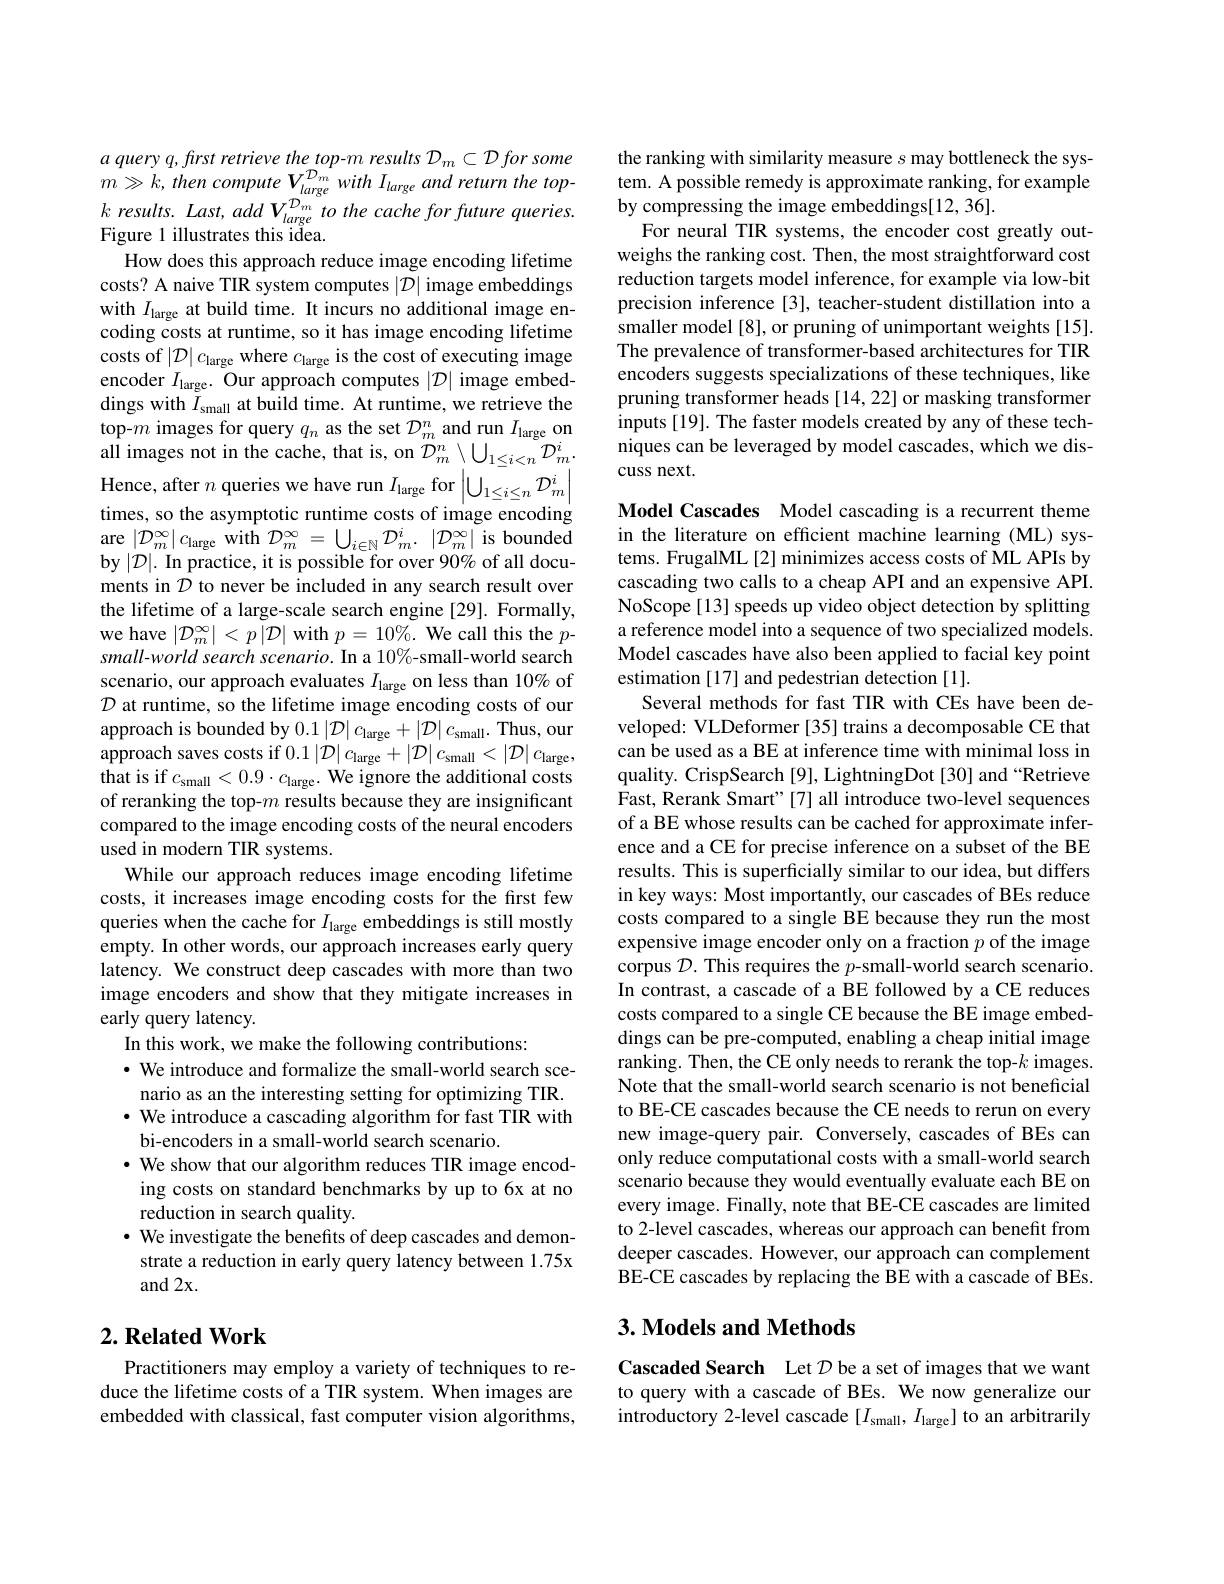
$k\textit{ results. Last, add V}_{large}^{D_{m}}$ to the cache for future queries.
Figure 1 illustrates this idea.
How does this approach reduce image encoding lifetime costs? A naive TIR system computes $|\mathcal{D}|$ image embeddings with $I_{\mathrm{large}}$ at build time. It incurs no additional image encoding costs at runtime, so it has image encoding lifetime costs of $\left|\mathcal{D}\right|c_{\mathrm{large~where~}c_{\mathrm{large~is~the~cost~of~executing~image}}}$ encoder $I_\mathrm{large}.$ Our approach computes $|\mathcal{D}|$ image embeddings with $I_\mathrm{small}$ at build time. At runtime, we retrieve the top-$m$ images for query $q_n$ as the set $D_m^n$ and run $I_\text{large}$ on ${\mathrm{all~images~not~in~the~cache,~that~is,~on~}}{\mathcal{D}}_{m}^{n}\setminus\bigcup_{1\leq i<n}^{m_{5}}{\mathcal{D}}_{m}^{i}.$ Hence, after $n$ queries we have run $I_\text{large}$ for $\left|\bigcup_1\leq i\leq n\mathcal{D}_m^i\right|$ times, so the asymptotic runtime costs of image encoding are $\left | \mathcal{D} _m^{\infty }\right | c_{\mathrm{large~with~}}\mathcal{D} _m^{\infty }= \bigcup _{i\in \mathbb{N} }\mathcal{D} _m^{i}.$ $\left | \mathcal{D} _m^{\infty }\right |$is bounded by $|\mathcal{D}|.$ In practice, it is possible for over 90% of all documents in $\mathcal{D}$ to never be included in any search result over the lifetime of a large-scale search engine [29]. Formally, we have $|\mathcal{D}_m^\infty|<p|\mathcal{D}|$ with $p=10\%.$ We call this the $p$- small-world search scenario. In a 10%-small-world search scenario, our approach evaluates $I_\mathrm{large}$ on less than 10% of $\mathcal{D}$ at runtime, so the lifetime image encoding costs of our approach is bounded by $0.1\left|\mathcal{D}\right|c_\mathrm{large}+\left|\mathcal{D}\right|c_\mathrm{small}.$ Thus, our $\begin{array}{c}{\text{approach saves costs if }0.1}\left|\mathcal{D}\right|c_{\mathrm{large}}+\left|\mathcal{D}\right|c_{\mathrm{small}}<\left|\mathcal{D}\right|c_{\mathrm{large}},\end{array}$ that is if $c_\mathrm{small}<0.9\cdot c_\mathrm{large}.$ We ignore the additional costs of reranking the top-$m$ results because they are insignificant compared to the image encoding costs of the neural encoders used in modern TIR systems.
While our approach reduces image encoding lifetime costs, it increases image encoding costs for the first few queries when the cache for $I_\mathrm{large}$ embeddings is still mostly empty. In other words, our approach increases early query latency. We construct deep cascades with more than two image encoders and show that they mitigate increases in early query latency.
In this work, we make the following contributions:
· We introduce and formalize the small-world search sce-
nario as an the interesting setting for optimizing TIR. $\cdot$ We introduce a cascading algorithm for fast TIR with bi-encoders in a small-world search scenario.
$\cdot$ We show that our algorithm reduces TIR image encoding costs on standard benchmarks by up to 6x at no reduction in search quality.
· We investigate the benefits of deep cascades and demonstrate a reduction in early query latency between 1.75x and2x.

## $2. \textbf{ Related Work}$

Practitioners may employ a variety of techniques to reduce the lifetime costs of a TIR system. When images are embedded with classical, fast computer vision algorithms,

$\begin{array}{llll}a\text{ query q,first retrieve the top-m resu}\end{array}$
by compressing the image embeddings[12,36].
For neural TIR systems, the encoder cost greatly outweighs the ranking cost. Then, the most straightforward cost reduction targets model inference, for example via low-bit precision inference [3], teacher-student distillation into a smaller model [8], or pruning of unimportant weights [15]. The prevalence of transformer-based architectures for TIR encoders suggests specializations of these techniques, like pruning transformer heads [14,22] or masking transformer inputs [19]. The faster models created by any of these techniques can be leveraged by model cascades, which we discuss next.

Model Cascades Model cascading is a recurrent theme in the literature on efficient machine learning (ML) systems. FrugalML[2] minimizes access costs of ML APIs by cascading two calls to a cheap API and an expensive API. NoScope[13] speeds up video object detection by splitting a reference model into a sequence of two specialized models. Model cascades have also been applied to facial key point estimation [17] and pedestrian detection [1].
Several methods for fast TIR with CEs have been developed: VLDeformer [35] trains a decomposable CE that can be used as a BE at inference time with minimal loss in quality. CrispSearch [9], LightningDot [30] and “Retrieve $\hat{\mathrm{Fast,~Rerank~Smart"[7]~all~introduce~two-level~sequences}}$ of a BE whose results can be cached for approximate inference and a CE for precise inference on a subset of the BE results. This is superficially similar to our idea, but differs in key ways: Most importantly, our cascades of BEs reduce costs compared to a single BE because they run the most expensive image encoder only on a fraction $p$ of the image corpus $\mathcal{D}.$ This requires the $p$-small-world search scenario. In contrast, a cascade of a BE followed by a CE reduces costs compared to a single CE because the BE image embeddings can be pre-computed, enabling a cheap initial image ranking. Then, the CE only needs to rerank the top-$k$ images. Note that the small-world search scenario is not beneficial to BE-CE cascades because the CE needs to rerun on every new image-query pair. Conversely, cascades of BEs can only reduce computational costs with a small-world search scenario because they would eventually evaluate each BE on every image. Finally, note that BE-CE cascades are limited to 2-level cascades, whereas our approach can benefit from deeper cascades. However, our approach can complement BE-CE cascades by replacing the BE with a cascade of BEs.

## $3. \textbf{Models and Methods}$

Cascaded Search Let $D$ be a set of images that we want to query with a cascade of BEs. We now generalize our introductory 2-level cascade $[I_\mathrm{small},I_\mathrm{large}]$ to an arbitrarily